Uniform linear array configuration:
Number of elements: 24
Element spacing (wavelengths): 0.75
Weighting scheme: blackman
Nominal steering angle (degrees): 0
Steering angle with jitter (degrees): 0.2188
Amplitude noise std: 0.05
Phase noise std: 0.05

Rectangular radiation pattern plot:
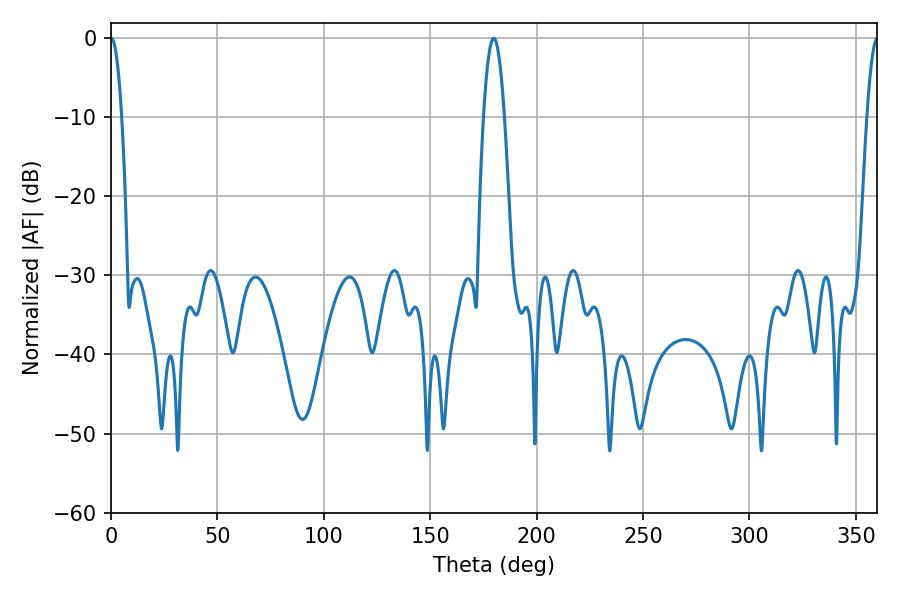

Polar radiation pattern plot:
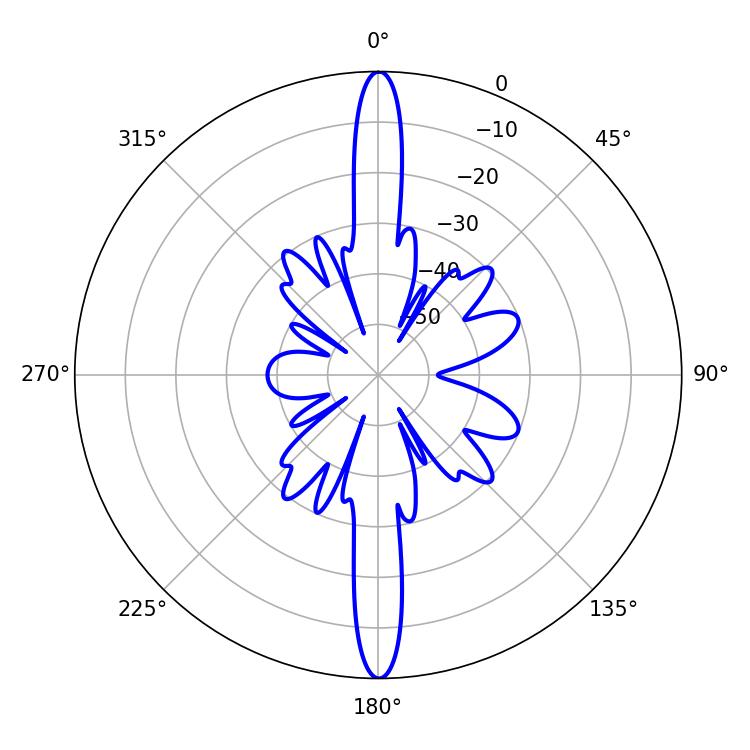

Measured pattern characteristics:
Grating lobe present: TRUE
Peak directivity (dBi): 34.531
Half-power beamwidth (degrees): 2.88
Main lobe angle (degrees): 0.18